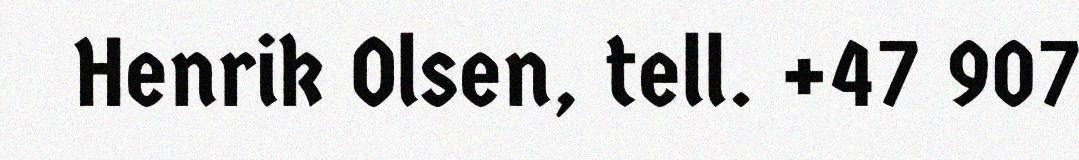
Henrik Olsen, tell. +47 907